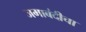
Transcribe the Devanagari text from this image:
जमाबंदीचा